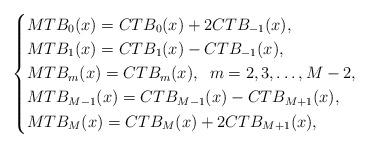
LaTeX: \begin{align*}\left\{\begin{aligned}&MT{B_0}(x) = CT{B_0}(x) + 2CT{B_{ - 1}}(x),\\&MT{B_1}(x) = CT{B_1}(x) - CT{B_{ - 1}}(x),\\&MT{B_m}(x) = CT{B_m}(x),\;\;m = 2,3, \ldots ,M - 2,\\&MT{B_{M - 1}}(x) = CT{B_{M - 1}}(x) - CT{B_{M + 1}}(x),\\&MT{B_M}(x) = CT{B_M}(x) + 2CT{B_{M + 1}}(x),\end{aligned} \right.\end{align*}